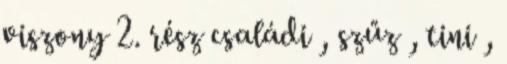
viszony 2. rész családi , szűz , tini ,